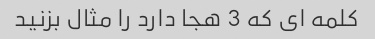
کلمه ای که 3 هجا دارد را مثال بزنید